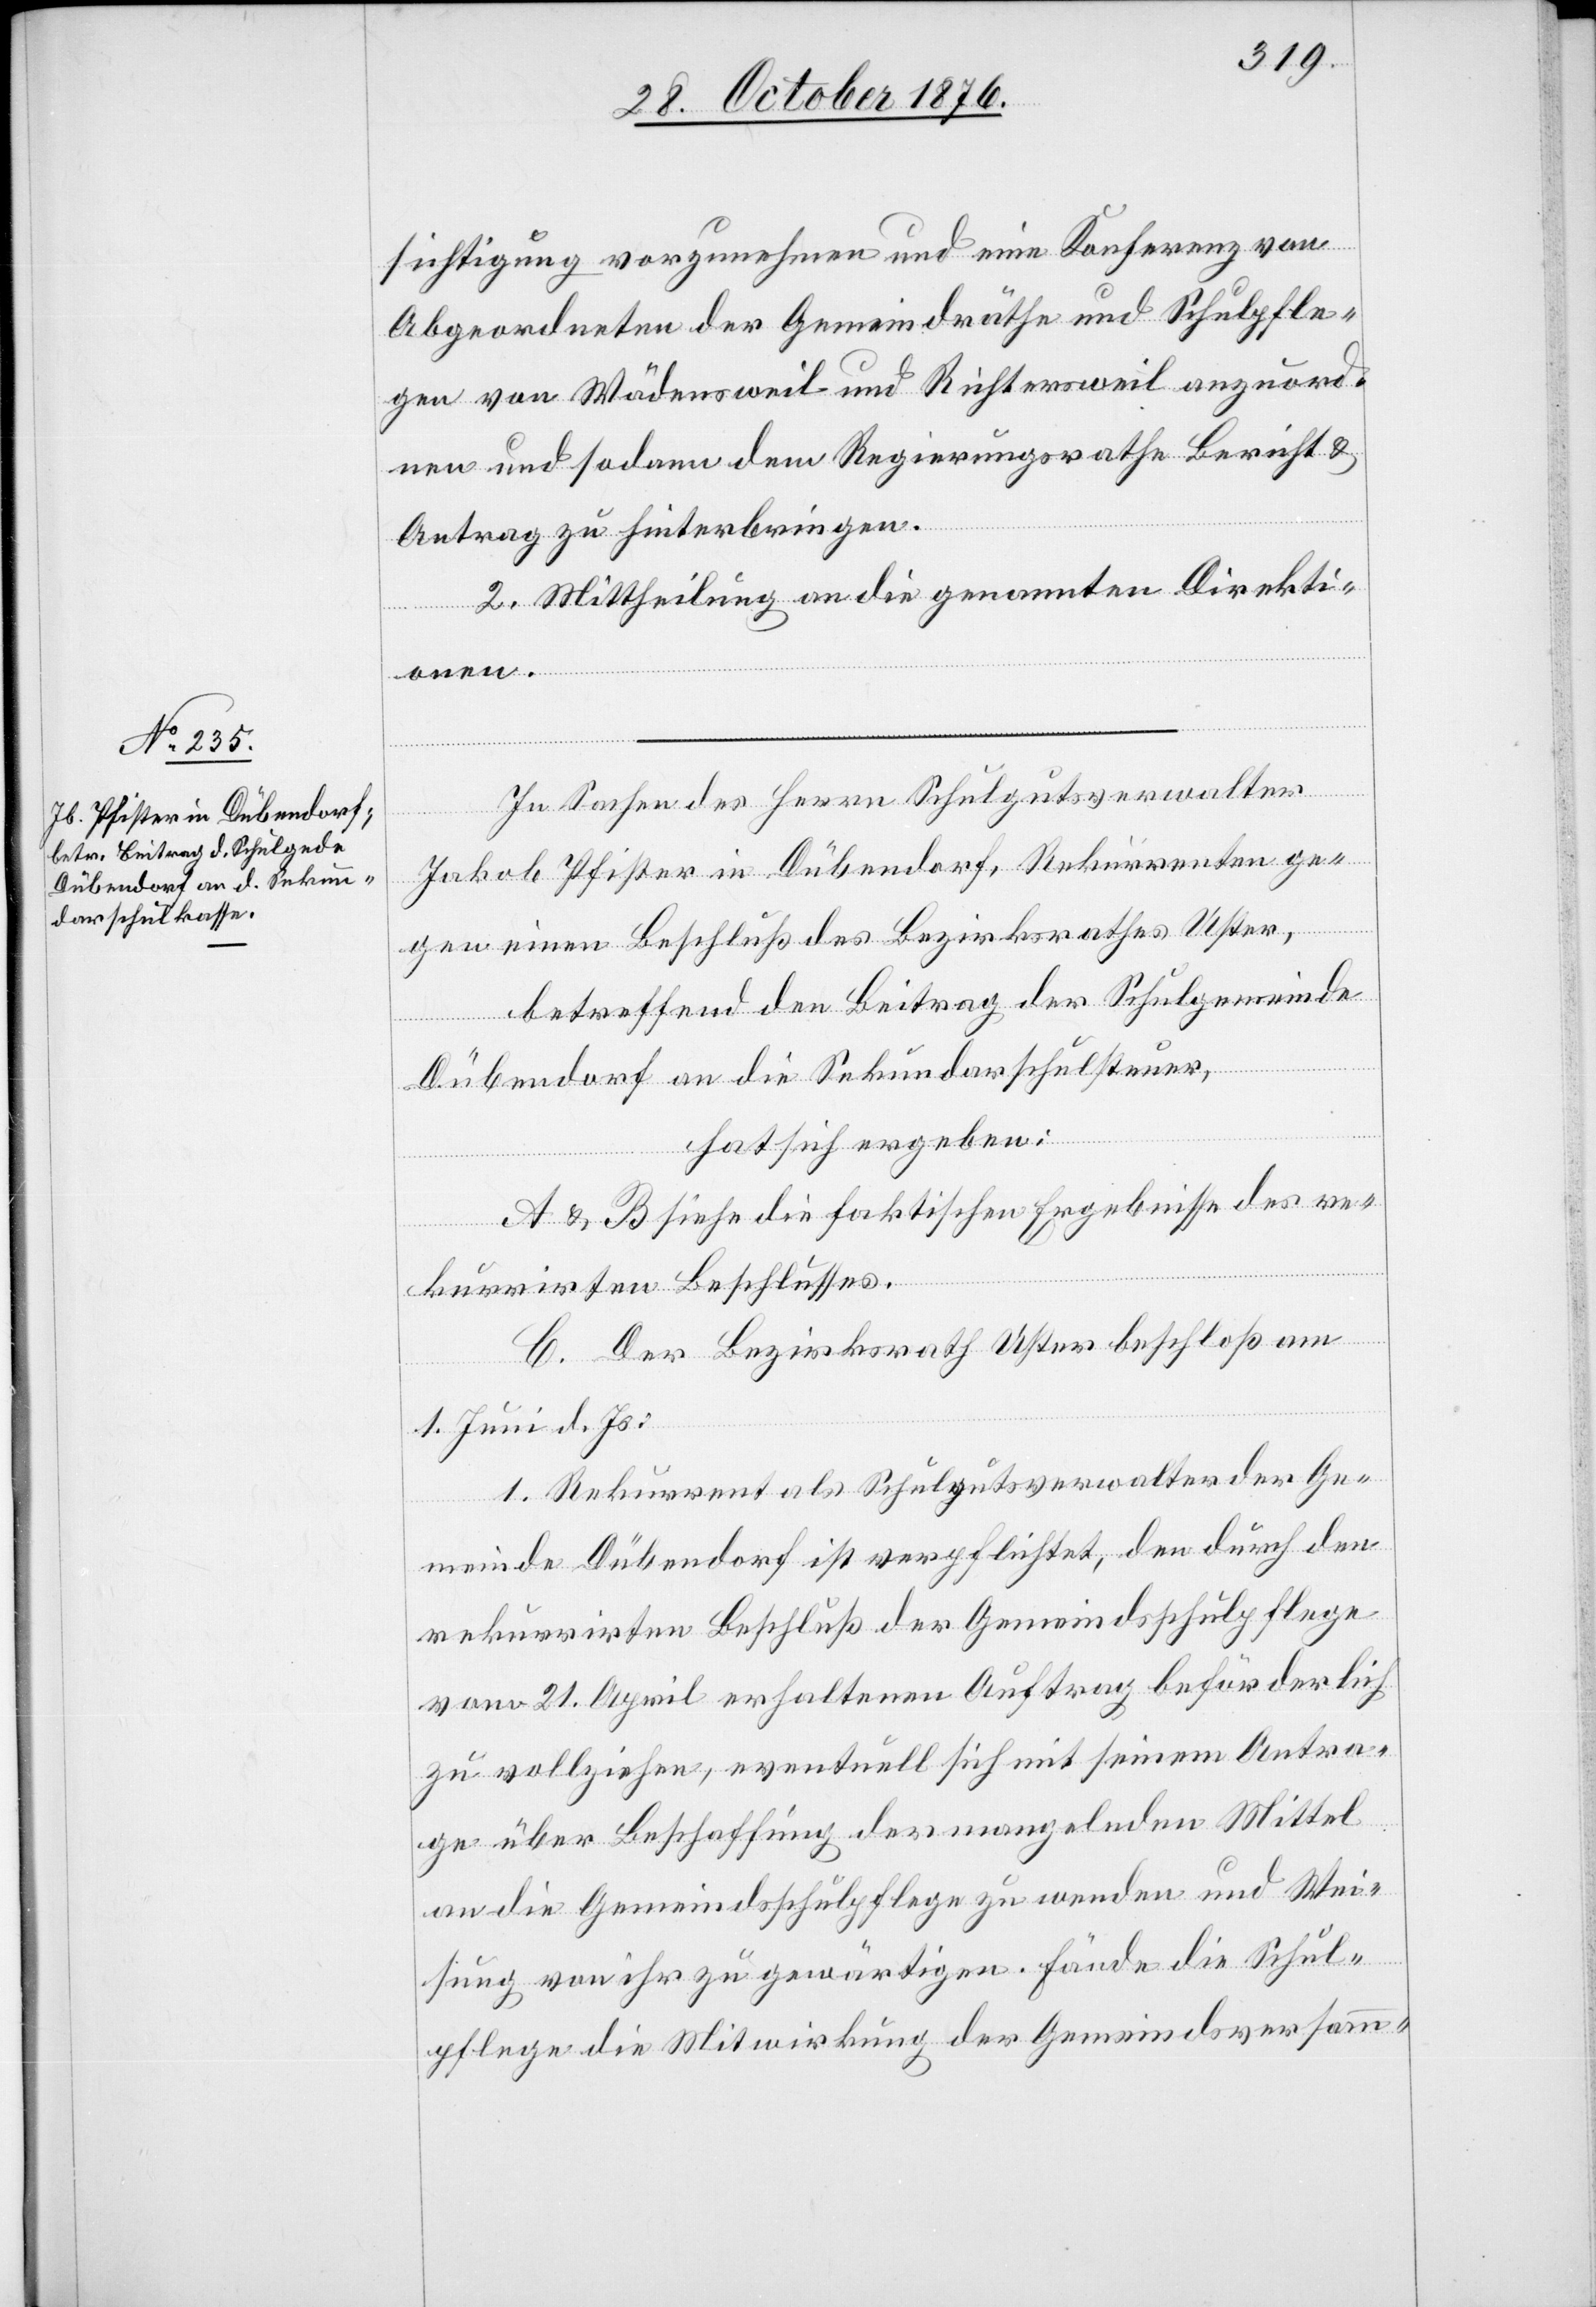
sichtigung vorzunehmen und eine Konferenz von
Abgeordneten der Gemeindräthe und Schulpfle¬
gen von Wädensweil und Richtersweil anzuord¬
nen und sodann dem Regierungsrathe Bericht &
Antrag zu hinterbringen.
2. Mittheilung an die genannten Direkti¬
onen.